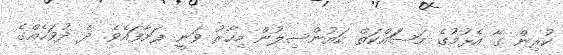
ކުރިން ގާ އެޅުމުގެ މަސަައްކަތް ކައުންސިލުން މިހާރު ވަނީ ފަށާފައެވެ. ދެ ދުވަހެއްގެ